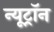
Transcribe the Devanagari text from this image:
न्यूट्राॅन